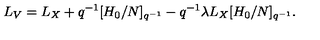
L _ { V } = L _ { X } + q ^ { - 1 } [ H _ { 0 } / N ] _ { q ^ { - 1 } } - q ^ { - 1 } \lambda L _ { X } [ H _ { 0 } / N ] _ { q ^ { - 1 } } .